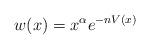
LaTeX: \begin{align*}w(x)= x^{\alpha} e^{-n V(x)} \end{align*}